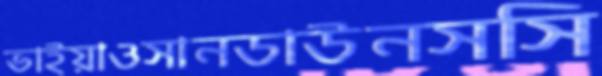
ভাইয়াওসানডাউনসসি